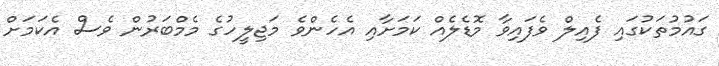
ގައުމުތަކުގައި ފެއިލް ވެފައިވާ މޮޑެލެއް ކަމަށާއި އެހެންވެ މަޖިލީހުގެ މެމްބަރުން ވެސް އެކަމަށް